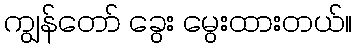
ကျွန်တော် ခွေး မွေးထားတယ်။